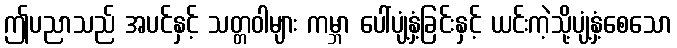
ဤပညာသည် အပင်နှင့် သတ္တဝါများ ကမ္ဘာ ပေါ်ပျံ့နှံ့ခြင်းနှင့် ယင်းကဲ့သို့ပျံ့နှံ့စေသော